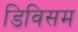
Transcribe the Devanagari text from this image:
डिविसम